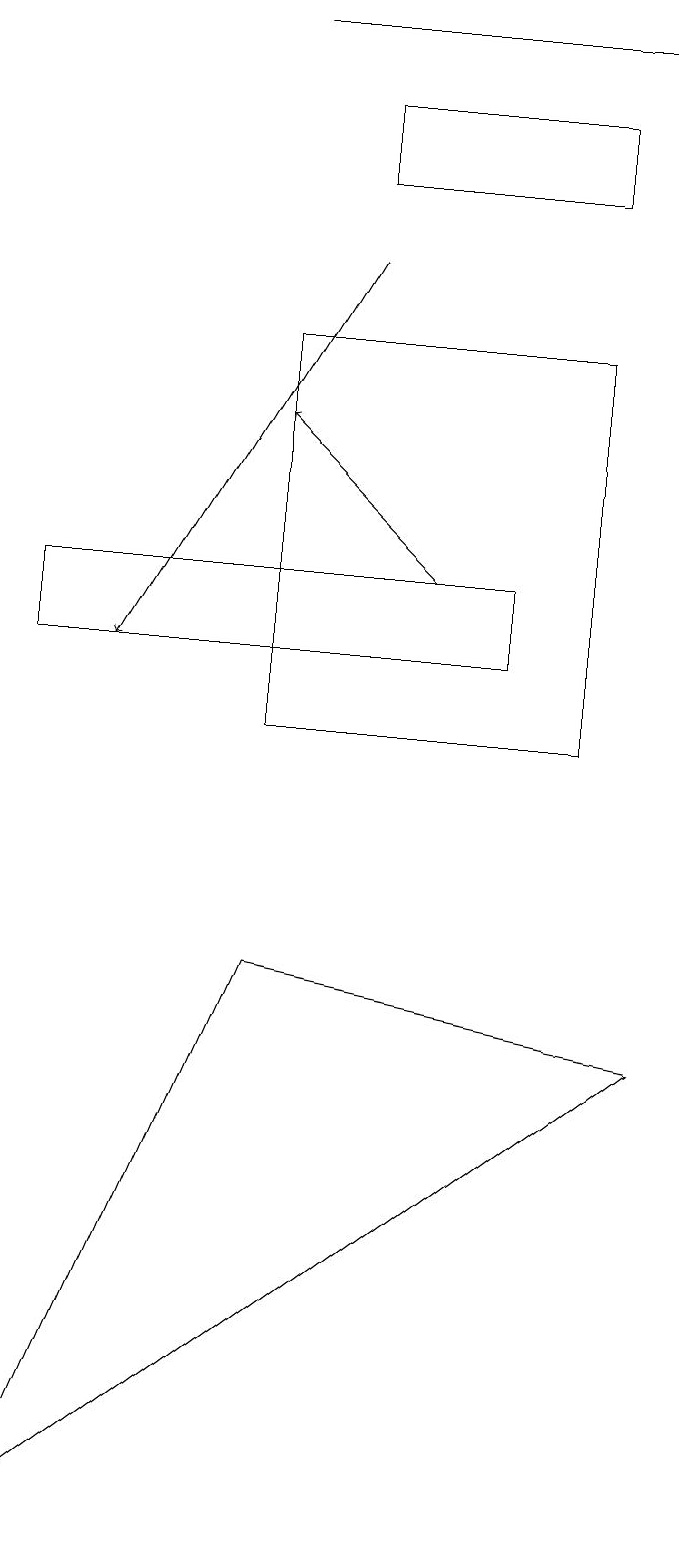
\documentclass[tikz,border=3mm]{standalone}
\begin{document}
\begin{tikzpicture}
\draw (8,17) rectangle (5,18);
\draw (7,11) rectangle (1,12);
\draw[->] (5,16) -- (2,11);
\draw (8,10) rectangle (4,15);
\draw (9,6) -- (4,7) -- (1,0) -- cycle;
\draw (9,19) rectangle (4,19);
\draw[->] (6,12) -- (4,14);
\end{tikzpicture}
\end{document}